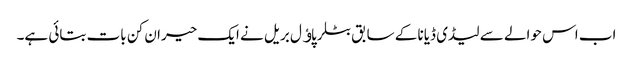
اب اس حوالے سے لیڈی ڈیانا کے سابق بٹلر پاﺅل بریل نے ایک حیران کن بات بتائی ہے۔